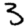
Digit: 3